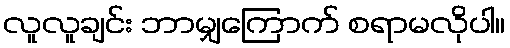
လူလူချင်း ဘာမျှကြောက် စရာမလိုပါ။